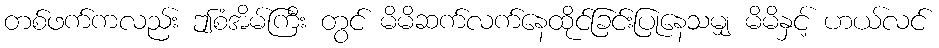
တစ်ဖက်ကလည်း ဤစံအိမ်ကြီး တွင် မိမိဆက်လက်နေထိုင်ခြင်းပြုနေသမျှ မိမိနှင့် ဟယ်လင်